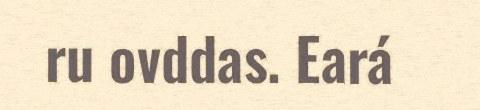
ru ovddas. Eará